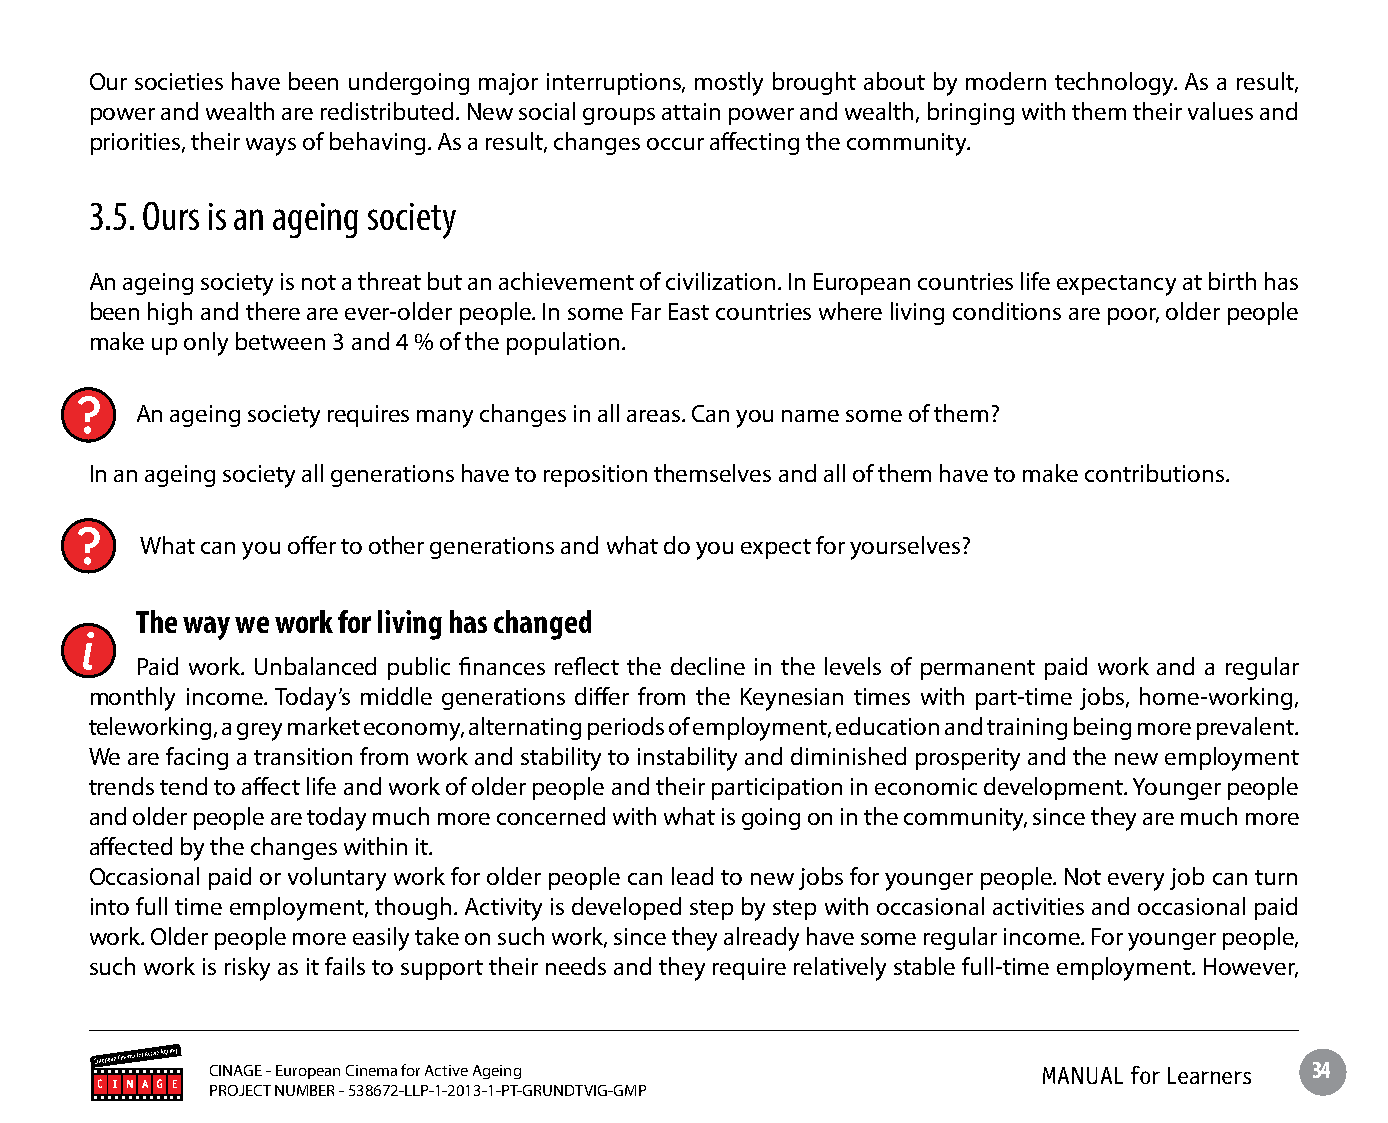
Our societies have been undergoing major interruptions, mostly brought about by modern technology. As a result,
 power and wealth are redistributed. New social groups attain power and wealth, bringing with them their values and
 priorities, their ways of behaving. As a result, changes occur affecting the community.
 3.5. Ours is an ageing society
 An ageing society is not a threat but an achievement of civilization. In European countries life expectancy at birth has
 been high and there are ever-older people. In some Far East countries where living conditions are poor, older people
 make up only between 3 and 4 % of the population.
 An ageing society requires many changes in all areas. Can you name some of them?
 In an ageing society all generations have to reposition themselves and all of them have to make contributions.
 What can you offer to other generations and what do you expect for yourselves?
 The way we work for living has changed
 Paid work. Unbalanced public finances reflect the decline in the levels of permanent paid work and a regular
 monthly income. Today’s middle generations differ from the Keynesian times with part-time jobs, home-working,
 teleworking, a grey market economy, alternating periods of employment, education and training being more prevalent.
 We are facing a transition from work and stability to instability and diminished prosperity and the new employment
 trends tend to affect life and work of older people and their participation in economic development. Younger people
 and older people are today much more concerned with what is going on in the community, since they are much more
 affected by the changes within it.
 Occasional paid or voluntary work for older people can lead to new jobs for younger people. Not every job can turn
 into full time employment, though. Activity is developed step by step with occasional activities and occasional paid
 work. Older people more easily take on such work, since they already have some regular income. For younger people,
 such work is risky as it fails to support their needs and they require relatively stable full-time employment. However,
 CINAGE - European Cinema for Active Ageing             MANUAL for Learners 34
 PROJECT NUMBER - 538672-LLP-1-2013-1-PT-GRUNDTVIG-GMP